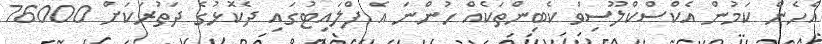
އެހެން ކަމުން އެކްސްކްލޫސިވް ކެބިންތަކެއް ހުންނަ އެ ފްލައިޓުގައި ދެކޮޅުގެ ދަތުރަކަށް 76000